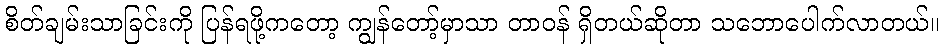
စိတ်ချမ်းသာခြင်းကို ပြန်ရဖို့ကတော့ ကျွန်တော့်မှာသာ တာဝန် ရှိတယ်ဆိုတာ သဘောပေါက်လာတယ်။